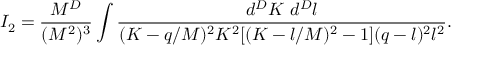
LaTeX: I _ { 2 } = \frac { M ^ { D } } { ( M ^ { 2 } ) ^ { 3 } } \int \frac { d ^ { D } K ~ d ^ { D } l } { ( K - q / M ) ^ { 2 } K ^ { 2 } [ ( K - l / M ) ^ { 2 } - 1 ] ( q - l ) ^ { 2 } l ^ { 2 } } .